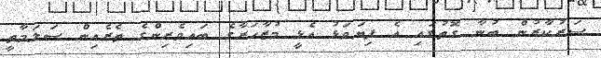
ސަރުކާރުން ބުނާ ގޮތުގައި އެ ފިޔަވަޅު އެޅީ މުޒާހަރާގެ ބައިވެރިންގެ ތެރެއިން ސަލަމާތީ